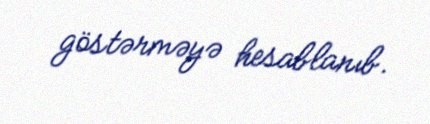
göstərməyə hesablanıb.